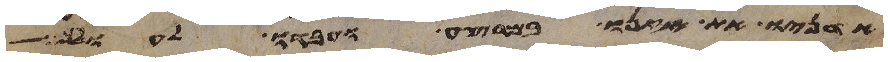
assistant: אדניו את אזנו במרצע ועבדו לעולם